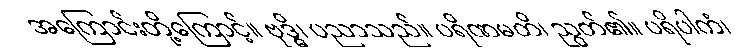
အကြောင်းတို့ကြောင့်။ ဗုဒ္ဓိ၊ ပညာသည်။ ပရိဏမတိ၊ ညွတ်၏။ ပရိပါကံ၊